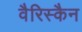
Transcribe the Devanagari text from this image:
वैरिस्कैन